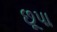
છૂપા